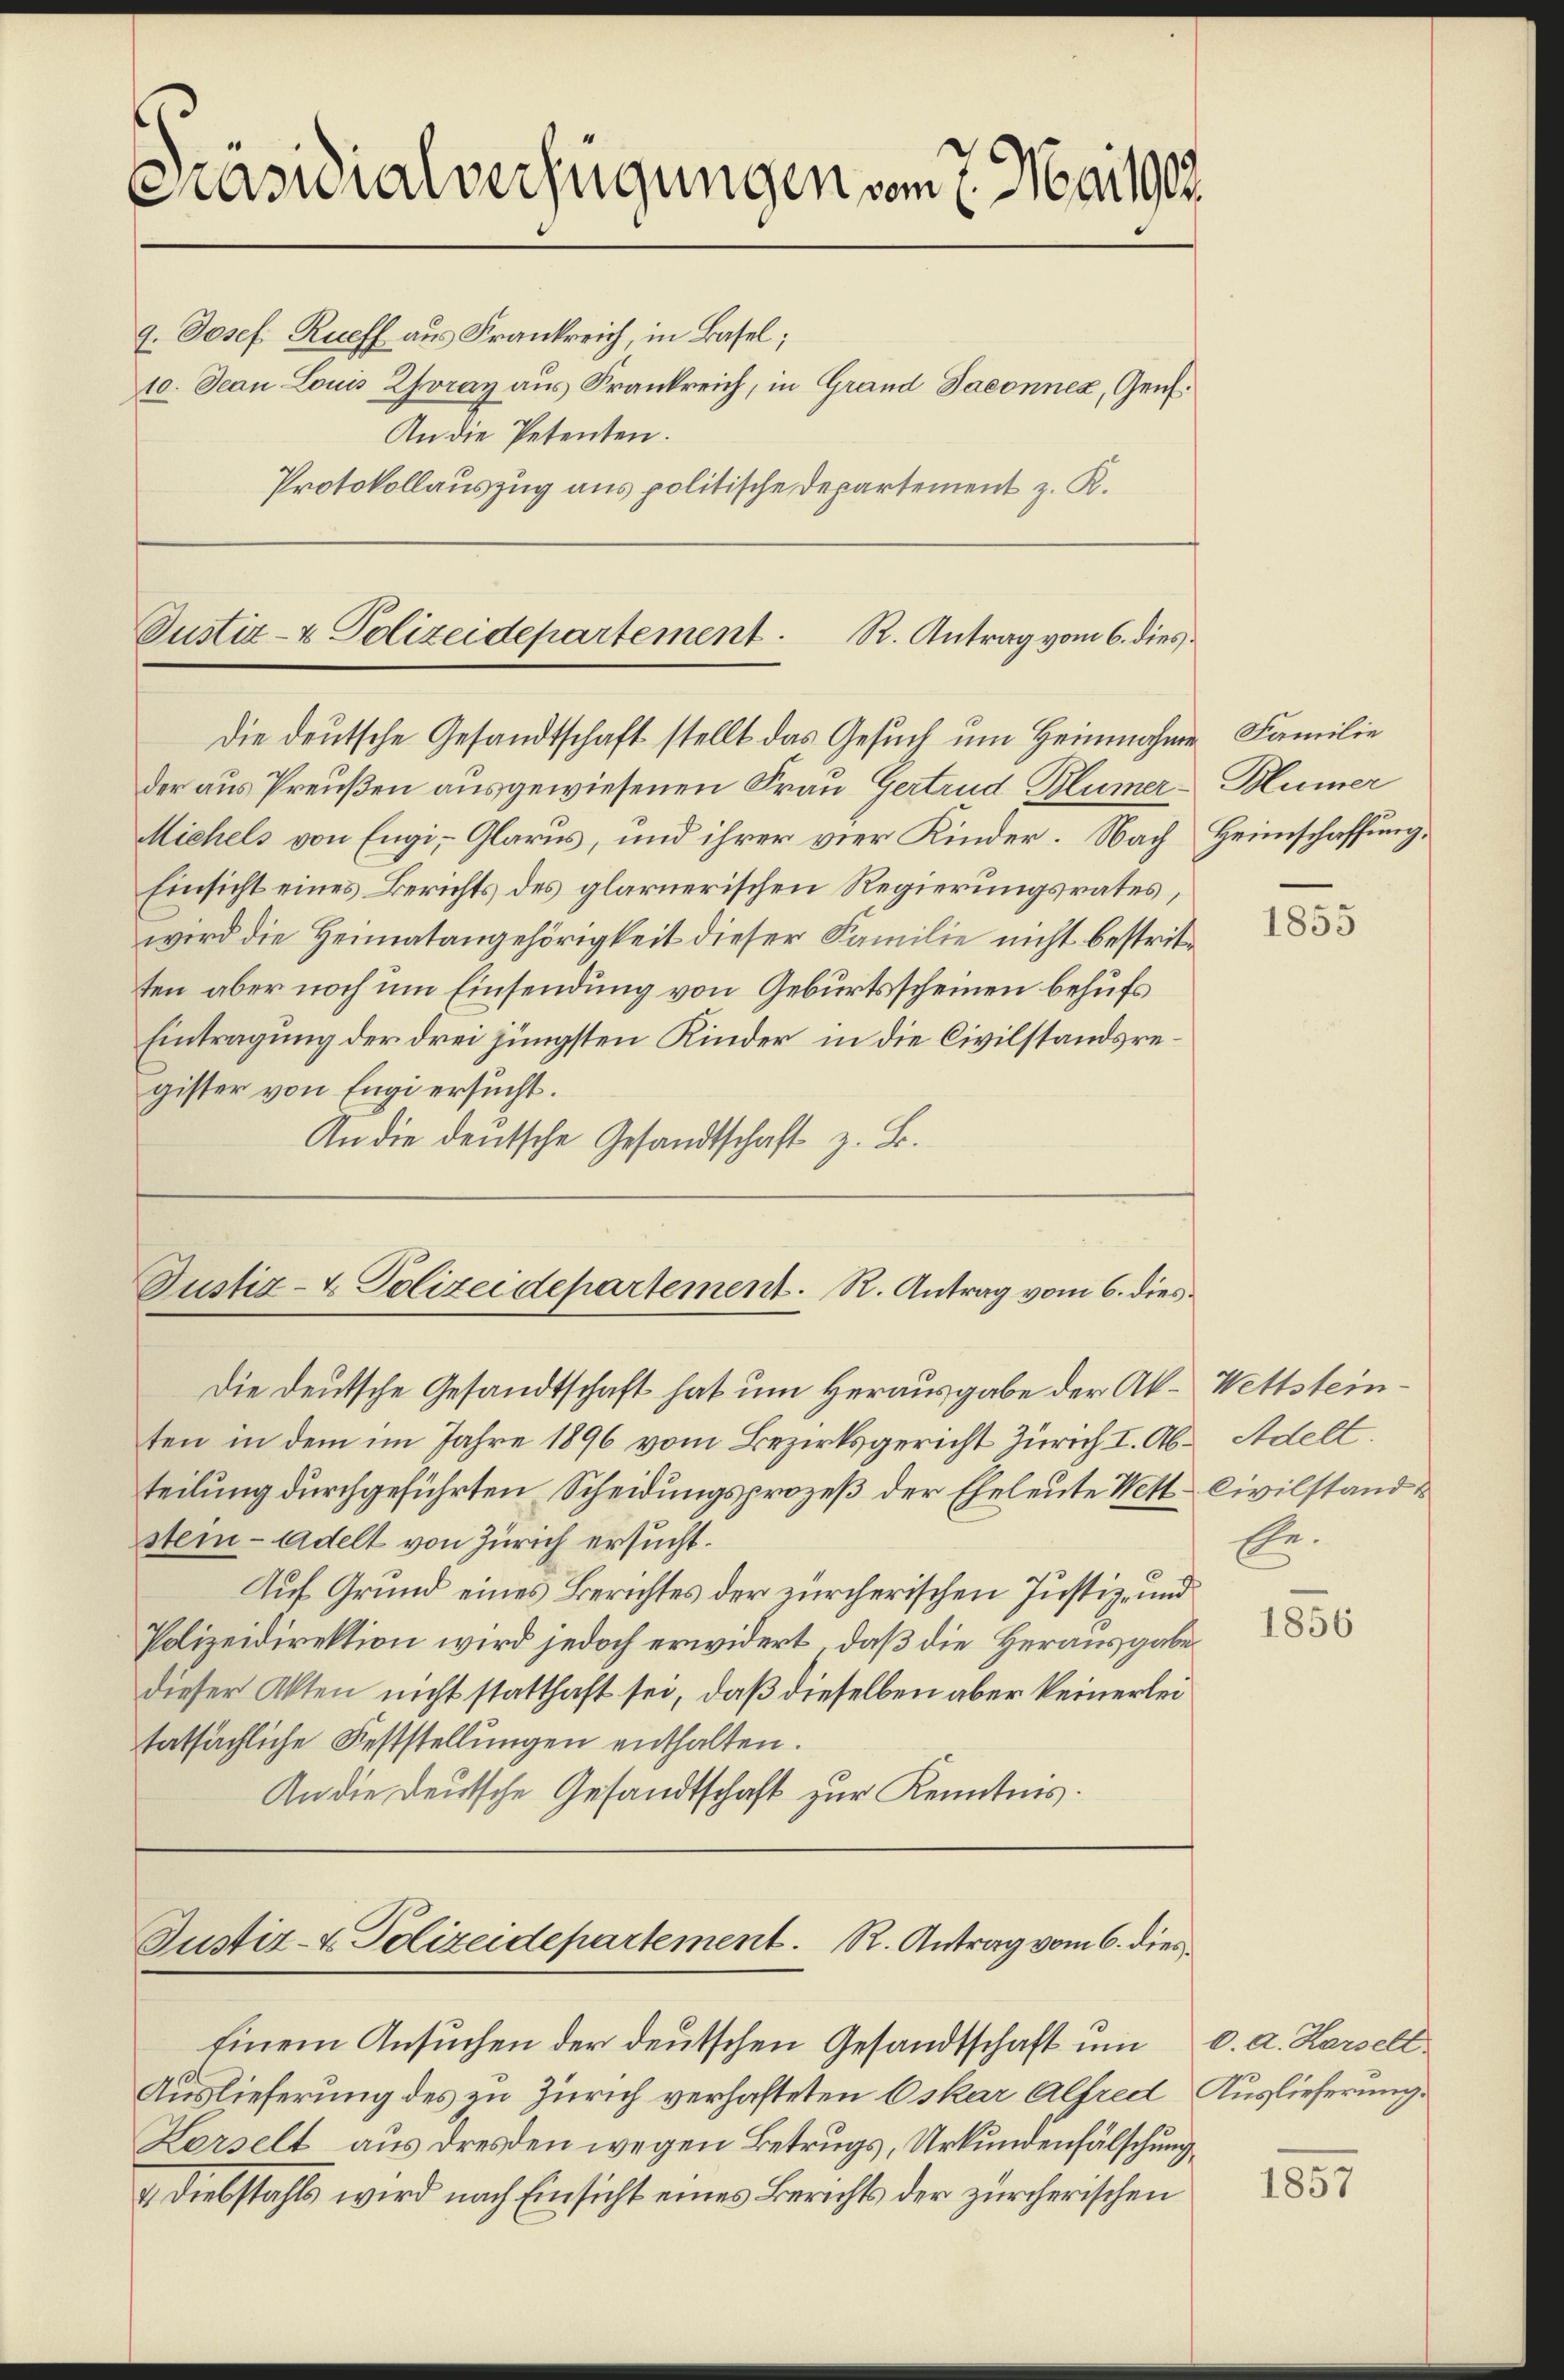
Kasuialverfügungen vom 7. Mai 1903.
9. Josef Rueff aus Frankreich, in Basel;
10. Jean Louis Zoray aus Frankreich, in Grand Jaconnez, Genf.
An die Petenten.
Protokollauszug aus politische Departement z. R.

Justiz- & Polizeidepartement. R. Antrag vom 6. dies
Die deutsche Gesandtschaft stellt das Gesuch um Heinnahme Familie

der aus Preußen ausgewiesenen Frau Gertrud Blümer-Hümer
Michels von Engi, Glarus, und ihrer vier Kinder. Nach Heimschaffung,
Einsicht eines Berichts des glarnerischen Regierungsrates,
wird die Heimatangehörigkeit dieser Familie nicht bestritten aber noch um Einsendung von Geburtsscheinen behufs
Eintragung der drei jüngsten Kinder in die Civilstandsregister von Engi ersucht.
An die deutsche Gesandtschaft z. B.

Justiz- & Polizeidepartement. R. Antrag vom 6. dies
Die deutsche Gesandtschaft hat um Herausgabe der Ak.- Wettstein¬

ten in dem im Jahre 1896 vom Bezirksgericht Zürich I. Ab- Adelt.
teilung durchgeführten Scheidungsprozeß der Eheleute Wett Civilstands
stem Adelt von Zürich ersucht.
Auf Grund eines Berichtes der zürcherischen Justiz- und
Polizeidirektion wird jedoch erwidert, daß die Herausgabe
dieser Akten nicht statthaft sei, daß dieselben aber keinerlei
tatsächliche Feststellungen enthalten.
An die Deutsche Gesandtschaft zur Kenntnis.

Justiz- & Polizeidepartement. R. Antrag vom 6. dies
Einem Ansuchen der deutschen Gesandtschaft um

Auslieferung des zu Zürich verhafteten Oskar Alfred Auslieferung.
Korselt aus Dresden wegen Betrugs, Urkundenfälschung¬
& Diebstahls wird nach Einsicht eines Berichts der zürcherischen

1855

Ee.

1856

c. a. Karsell

1857